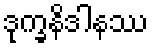
ဒုက္ခနိဒါနဿ